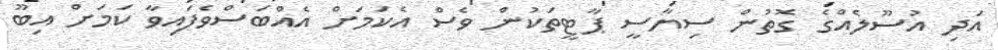
އަދި އުސޫލެއްގެ ގޮތުން ސިޔާސީ ޕާޓީތަކުން ވެސް އެކަމަށް އެއްބަސްވެފައިވާ ކަމަށް އިބޫ